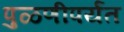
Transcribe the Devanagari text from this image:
पुळणीपर्यंत